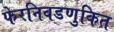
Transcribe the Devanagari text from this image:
फेरनिवडणुकित